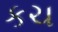
કચ